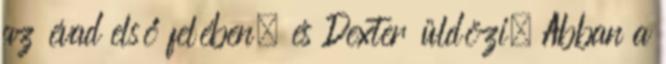
az évad első felében, és Dexter üldözi. Abban a